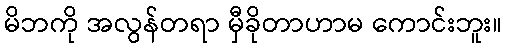
မိဘကို အလွန်တရာ မှီခိုတာဟာမ ကောင်းဘူး။